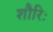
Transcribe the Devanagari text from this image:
शौरिः